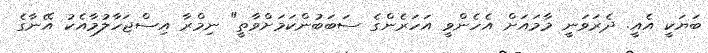
ބަޔަކީ އެއީ. ދެރަވަނީ މާމައަށް އެހެންވީ އަހަރެންގެ ސަބަބުންކަމަށްވާތީ" ނިމްރާ އިސްޖަހާލުމާއެކު އޭނާގެ